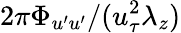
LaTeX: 2\pi\Phi_{u^{\prime}u^{\prime}}/(u_{\tau}^{2}\lambda_{z})